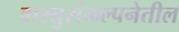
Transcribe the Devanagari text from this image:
वास्तुसंकल्पनेतील